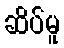
ဆိပ်မူ